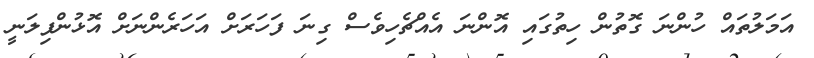
އަމަލުތައް ހުންނަ ގޮތުން ހިތުގައި އޮންނަ އެއްޗެހިވެސް ގިނަ ފަހަރަށް އަހަރެންނަށް އޮޅުންފިލަނީ